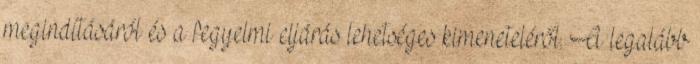
megindításáról és a fegyelmi eljárás lehetséges kimeneteléről. A legalább